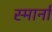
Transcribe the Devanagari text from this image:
स्मार्ना